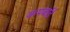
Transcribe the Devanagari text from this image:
कपबाॅर्ड